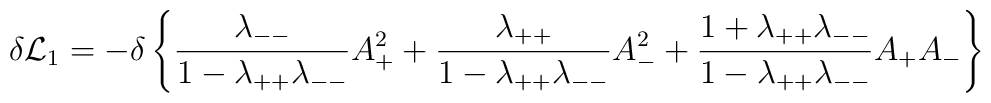
\delta{\cal L}_1=-\delta\left\{{\lambda_{--}\over{1-\lambda_{++}\lambda_{--}}}A_+^2 + {\lambda_{++}\over{1-\lambda_{++}\lambda_{--}}} A_-^2 + {{1+\lambda_{++}\lambda_{--}}\over{1-\lambda_{++}\lambda_{--}}}A_+A_-\right\}